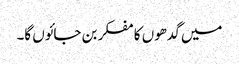
میں گدھوں کا مفکر بن جائوں گا۔